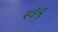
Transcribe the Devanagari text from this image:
स्वॅश्रू